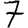
Digit: 7